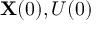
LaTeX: \mathbf { X } ( 0 ) , U ( 0 )